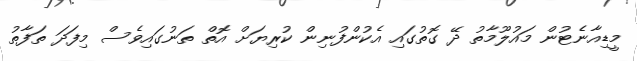
މީޑިއާނެޓުން މައުލޫމާތު ދޭ ގޮތުގައި އެކުންފުނިން ކުރިޔަށް އޮތް ތަނުގައިވެސް މިފަދަ ތަފާތު